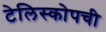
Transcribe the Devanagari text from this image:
टेलिस्कोपची